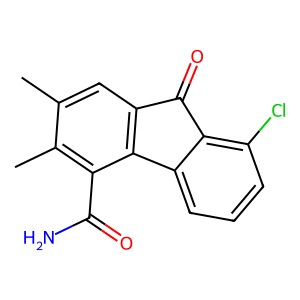
SMILES: Cc1cc2c(c(C(N)=O)c1C)-c1cccc(Cl)c1C2=O
Inhibits HIV replication: No